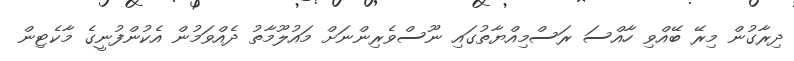
ދިރާގުން މިރޭ ބޭއްވި ހާއްސަ ރަސްމިއްޔާތުގައި ނޫސްވެރިންނަށް މައުލޫމާތު ދެއްވަމުން އެކުންފުނީގެ މާކެޓިން